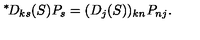
{ } ^ { \ast } \! D _ { k s } ( S ) P _ { s } = ( D _ { j } ( S ) ) _ { k n } P _ { n j } .